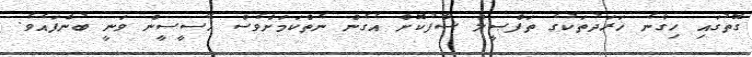
ގޮތުގައި ހިގާނެ ޚަރަދުތަކުގެ ތަފްޞީލް ސާފުކޮށް އެގެން ނެތްކަމަށްވެސް އޭސީސީން ވަނީ ބުނެފައެވެ.